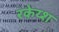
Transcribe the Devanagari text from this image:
रकेय्श